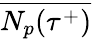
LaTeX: \overline{{N_{p}({\tau}^{+})}}